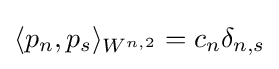
\langle p_{n},p_{s}\rangle _{W^{n,2}}=c_{n}\delta _{n,s}